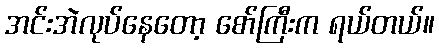
အင်းအဲလုပ်နေတော့ စော်ကြီးက ရယ်တယ်။